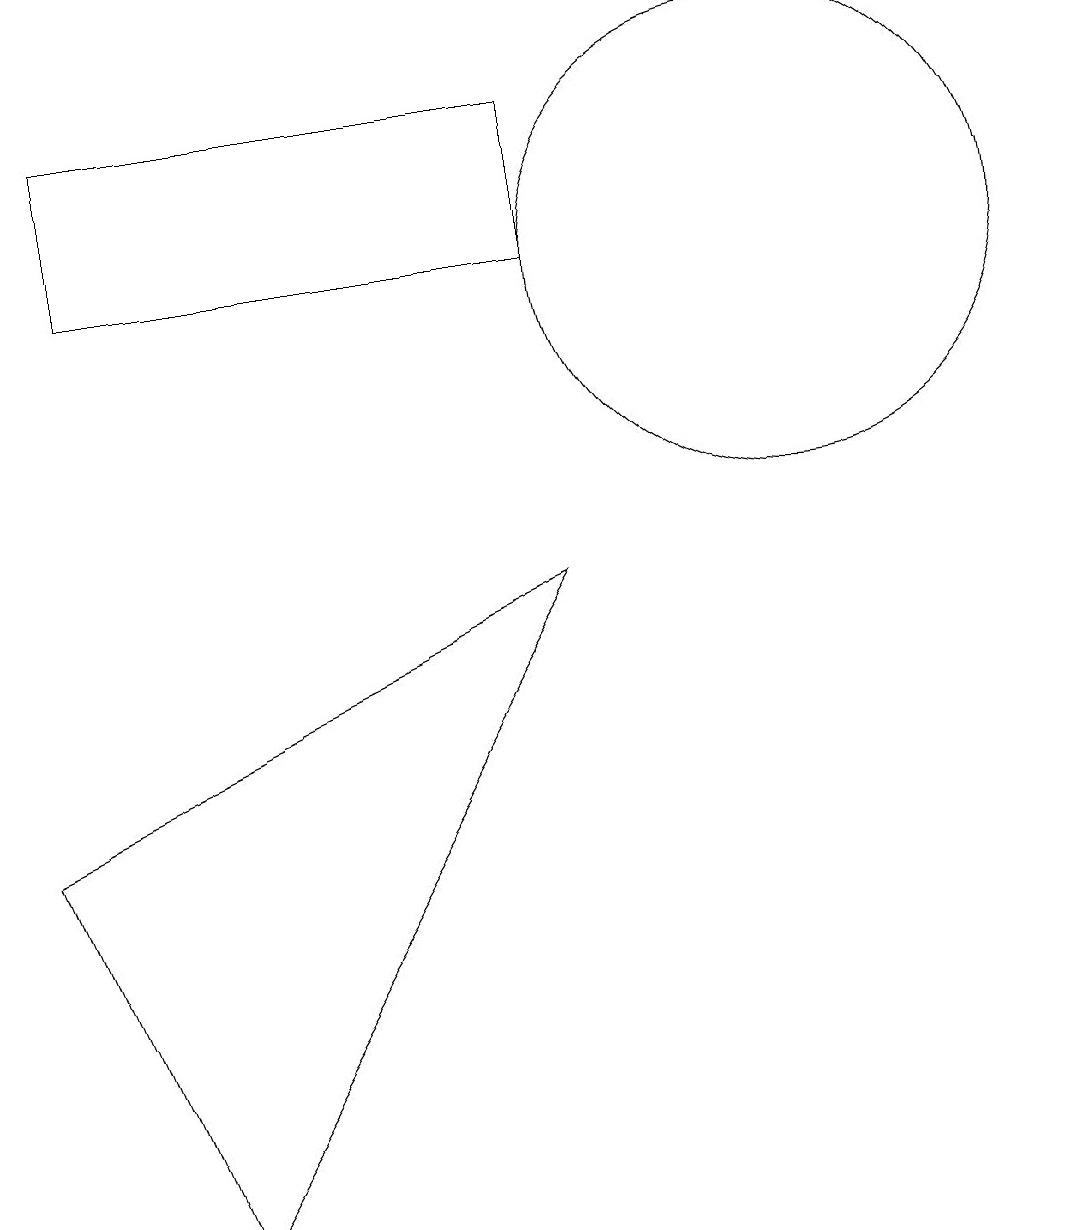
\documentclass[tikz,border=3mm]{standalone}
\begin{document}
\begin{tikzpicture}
\draw (8,8) -- (3,0) -- (1,5) -- cycle;
\draw (8,12) rectangle (2,14);
\draw (11,12) circle (3);
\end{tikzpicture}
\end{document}